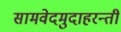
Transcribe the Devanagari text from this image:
सामवेदमुदाहरन्तीं